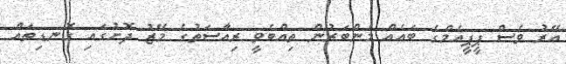
އޭރު ވެސް ޕީޕީއެމްގެ ބައެއް މެންބަރުން ތިއްބެވީ ރިއާސަތުގެ މޭޒު ދޮށުގައި ގޮނޑިތައް